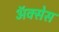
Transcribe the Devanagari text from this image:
अॅक्सेस